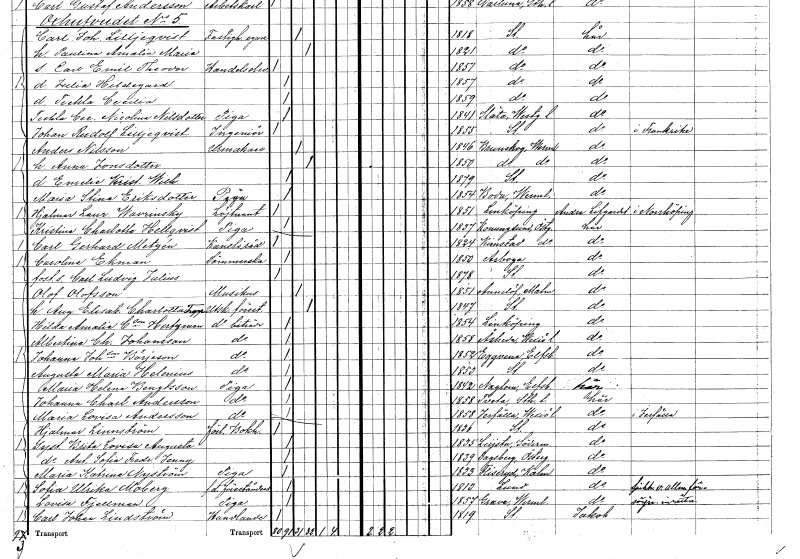
gt_parse: households: individuals: FN: Hjalmar Laurentius
EN: Wavrinsky
YRKE: Löjtnant
KON: M
CIV: O
FODAR: 1851
FODFORS: Linköping Östergötlands län
FN: Kristina Charlotta
EN: Hellqvist
YRKE: Piga
KON: K
CIV: O
FODAR: 1837
FODFORS: Konungsund Östergötlands län
FN: Carl Gerhard
EN: Metzén
YRKE: Kansliråd
KON: M
CIV: O
FODAR: 1824
FODFORS: Kimstad Östergötlands län
FN: Carolina
EN: Ekman
YRKE: Sömmerska
KON: K
CIV: O
FODAR: 1850
FODFORS: Arboga Västmanlands län
FN: Carl Ludvig Julius
KON: M
CIV: O
FODAR: 1878
FODFORS: Stockholm
FN: Olof
EN: Olofsson
YRKE: Musikus
KON: M
CIV: G
FODAR: 1851
FODFORS: Annelöv Malmöhus län
FN: Augusta Elisabet Charlotta
EN: Trapp
YRKE: Utskänkningsförestånderska
KON: K
CIV: G
FODAR: 1847
FODFORS: Stockholm
FN: Hilda Amalia
EN: C:son Hertzman
YRKE: Utskänkningsbiträde
KON: K
CIV: O
FODAR: 1854
FODFORS: Linköping Östergötlands län
FN: Albertina Charlotta
EN: Johansson
YRKE: Utskänkningsbiträde
KON: K
CIV: O
FODAR: 1858
FODFORS: Åseda Kronobergs län
FN: Johanna
EN: Joh:son Börjeson
YRKE: Utskänkningsbiträde
KON: K
CIV: O
FODAR: 1852
FODFORS: Eggvena Älvsborgs län
FN: Augusta Maria
EN: Helenius
YRKE: Utskänkningsbiträde
KON: K
CIV: O
FODAR: 1853
FODFORS: Stockholm
FN: Maria Helena
EN: Bengtsson
YRKE: Piga
KON: K
CIV: O
FODAR: 1842
FODFORS: Naglum Älvsborgs län
FN: Johanna Charlotta
EN: Andersson
YRKE: Piga
KON: K
CIV: O
FODAR: 1858
FODFORS: Tveta Stockholms län
FN: Maria Lovisa
EN: Andersson
YRKE: Piga
KON: K
CIV: O
FODAR: 1858
FODFORS: Järfälla Stockholms län
FN: Hjalmar
EN: Linnström
YRKE: Förläggare Bokhållare
KON: M
CIV: O
FODAR: 1836
FODFORS: Stockholm
FN: Brita Lovisa Augusta
KON: K
CIV: O
FODAR: 1835
FODFORS: Lista Södermanlands län
FN: Ant. Sofia Fredrika Jenny
KON: K
CIV: O
FODAR: 1839
FODFORS: Dagsberg Östergötlands län
FN: Maria Katrina
EN: Nyström
YRKE: Piga
KON: K
CIV: O
FODAR: 1833
FODFORS: Fliseryd Kalmar län
FN: Sofia Ulrika
EN: Moberg
YRKE: Föreståndare f.d.
KON: K
CIV: O
FODAR: 1813
FODFORS: Lund Malmöhus län
FN: Lovisa
EN: Tjellman
YRKE: Piga
KON: K
CIV: O
FODAR: 1857
FODFORS: Grava Värmlands län
FN: Carl Johan
EN: Lindström
YRKE: Handlande
KON: M
CIV: O
FODAR: 1819
FODFORS: Stockholm